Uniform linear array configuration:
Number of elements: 64
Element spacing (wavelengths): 0.75
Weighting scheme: kaiser
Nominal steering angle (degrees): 60
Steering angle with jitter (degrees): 58.532
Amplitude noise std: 0.05
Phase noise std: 0.05

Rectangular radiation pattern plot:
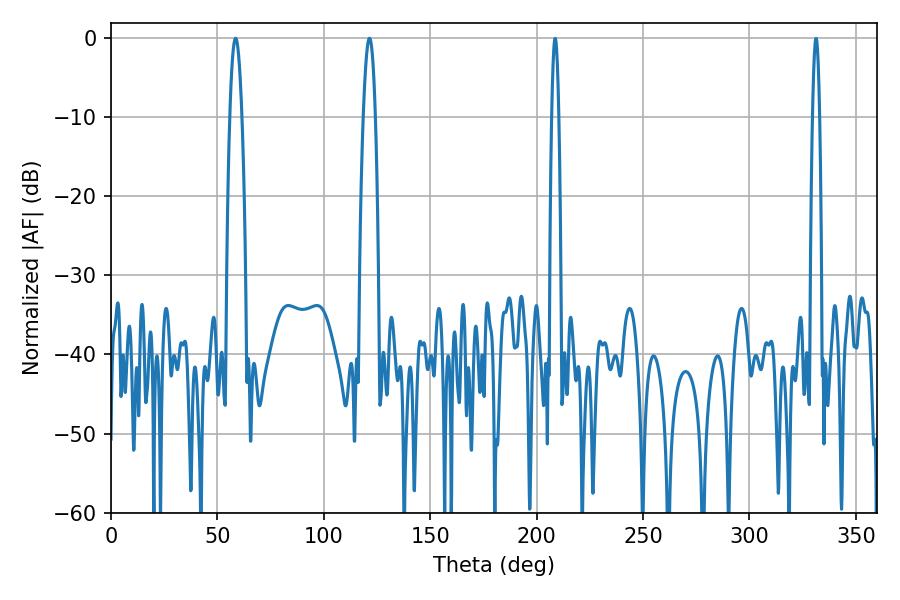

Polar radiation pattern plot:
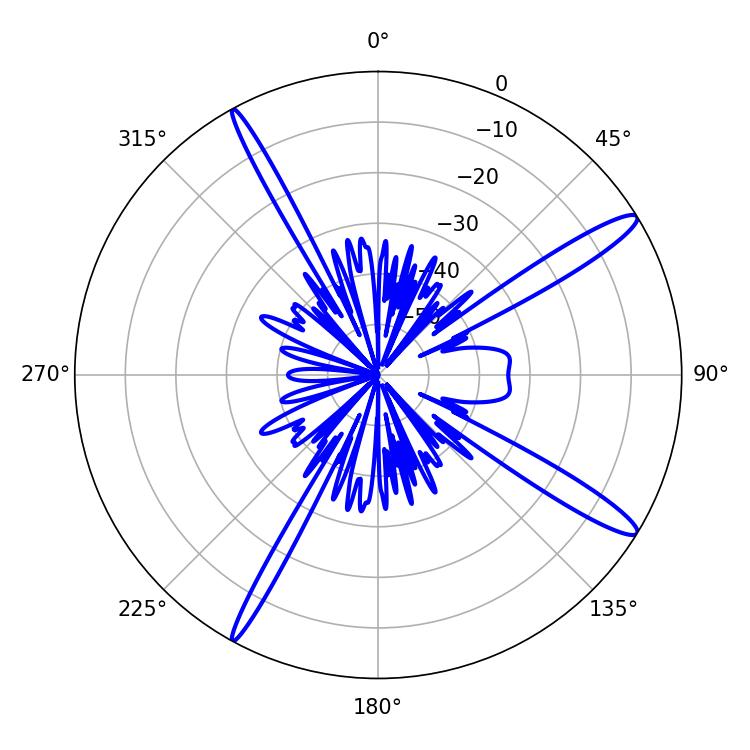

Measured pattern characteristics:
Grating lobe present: TRUE
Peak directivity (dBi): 14.709
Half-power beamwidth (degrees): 3.06
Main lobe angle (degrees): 121.5